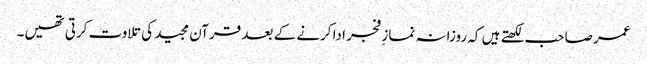
عمر صاحب لکھتے ہیں کہ روزانہ نماز ِفجر ادا کرنے کے بعد قرآن مجید کی تلاوت کرتی تھیں۔